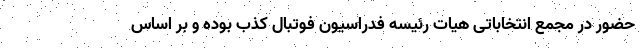
حضور در مجمع انتخاباتی هیات رئیسه فدراسیون فوتبال کذب بوده و بر اساس